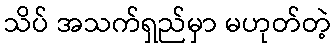
သိပ် အသက်ရှည်မှာ မဟုတ်တဲ့